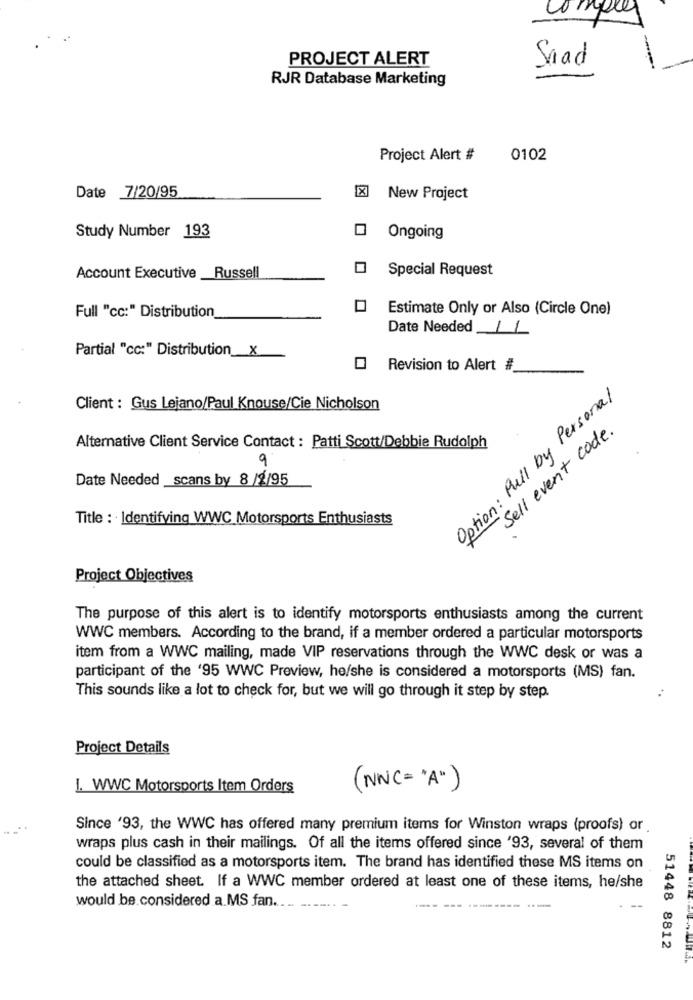
compres
PROJECT ALERT
Snad
RJR Database Marketing
Project Alert #
0102
Date 7/20/95
New Project
Study Number 193
Ongoing
Special Request
Account Executive Russell
Full "cc:" Distribution
Estimate Only or Also (Circle One)
Date Needed 11
Partial "cc:" Distribution_X
Revision to Alert #
Option: Pull by Personal
Client : Gus Lejano/Paul Knouse/Cie Nicholson
-Sell event code.
Alternative Client Service Contact : Patti Scott/Debbie Rudolph
9
Date Needed scans by 8 /2/95
Title : Identifying WWC Motorsports Enthusiasts
Project Objectives
The purpose of this alert is to identify motorsports enthusiasts among the current
WWC members. According to the brand, if a member ordered a particular motorsports
item from a WWC mailing, made VIP reservations through the WWC desk or was a
participant of the '95 WWC Preview, he/she is considered a motorsports (MS) fan.
..
This sounds like a lot to check for, but we will go through it step by step.
Project Details
1. WWC Motorsports Item Orders
(NC= ")
Since '93, the WWC has offered many premium items for Winston wraps (proofs) or
wraps plus cash in their mailings. Of all the items offered since '93, several of them
could be classified as a motorsports item. The brand has identified these MS items on
the attached sheet. If a WWC member ordered at least one of these items, he/she
would be considered a MS fan ..
51448 8812